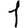
Digit: 1